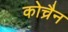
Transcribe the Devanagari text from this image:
कोच्रैन